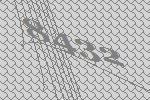
8432